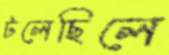
টলেছিলে